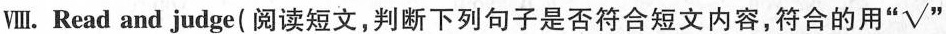
Ⅷ. Read and judge(阅读短文,判断下列句子是否符合短文内容,符合的用"√"